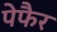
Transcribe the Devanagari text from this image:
पेफैर